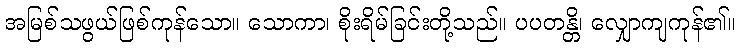
အမြစ်သဖွယ်ဖြစ်ကုန်သော။ သောကာ၊ စိုးရိမ်ခြင်းတို့သည်။ ပပတန္တိ၊ လျှောကျကုန်၏။